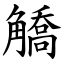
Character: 䚩